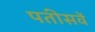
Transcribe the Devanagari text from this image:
पतीसवें